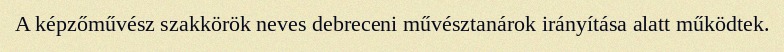
A képzőművész szakkörök neves debreceni művésztanárok irányítása alatt működtek.